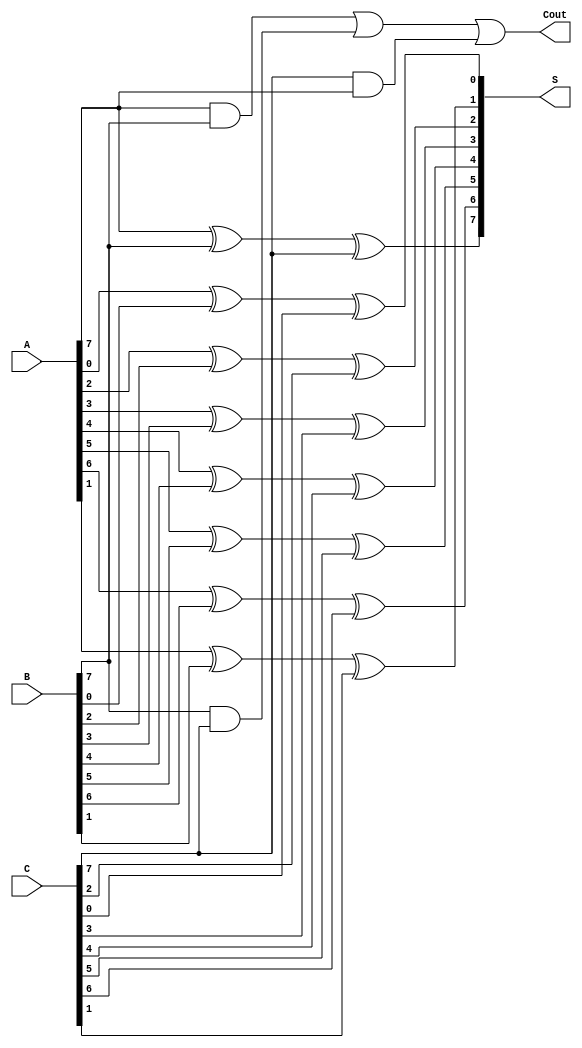
module RippleCarrySaveAdder #(parameter n = 8) (
    input  [n-1:0] A,
    input  [n-1:0] B,
    input  [n-1:0] C,
    output [n-1:0] S, // Final sum output
    output          Cout // Final carry output
);
    wire [n-1:0] P; // Partial sums
    wire [n-1:0] G; // Carry generation

    // Generate partial sums and carries
    genvar i;
    generate
        for (i = 0; i < n; i = i + 1) begin : adder_stage
            // Partial sum for bit i
            assign P[i] = A[i] ^ B[i] ^ C[i];
            
            // Carry generation for bit i
            assign G[i] = (A[i] & B[i]) | (B[i] & C[i]) | (C[i] & A[i]);
        end
    endgenerate

    // Final carry output
    assign Cout = G[n-1]; // The carry out from the last bit

    // Final sum output
    assign S = P; // The final sum is the partial sum

endmodule